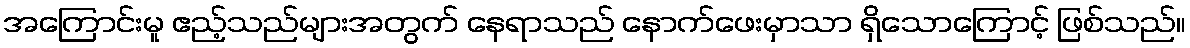
အကြောင်းမူ ဧည့်သည်များအတွက် နေရာသည် နောက်ဖေးမှာသာ ရှိသောကြောင့် ဖြစ်သည်။